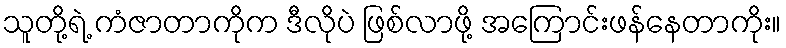
သူတို့ရဲ့ ကံဇာတာကိုက ဒီလိုပဲ ဖြစ်လာဖို့ အကြောင်းဖန်နေတာကိုး။